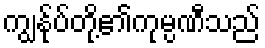
ကျွန်ုပ်တို့၏ကုမ္ပဏီသည်